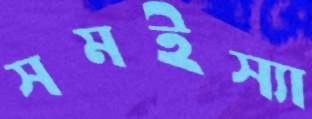
সমইস্যা